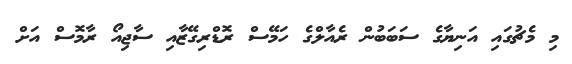
މި މެޗުގައި އަނިޔާގެ ސަަބަބުން ރެއާލްގެ ހަމޭސް ރޮޑްރިގޭޒާއި ސާޖިއޯ ރާމޮސް އަށް